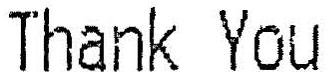
THANK YOU